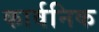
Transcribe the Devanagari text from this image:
कार्वनिक